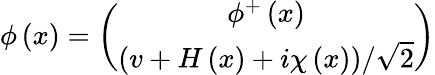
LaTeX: \phi\left(x\right)=\left(\begin{array}{c}{{\phi^{+}\left(x\right)}}\\ {{\left(v+H\left(x\right)+i\chi\left(x\right)\right)/\sqrt{2}}}\end{array}\right)